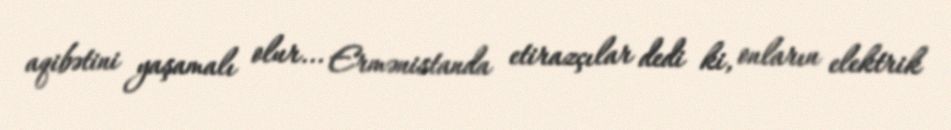
aqibətini yaşamalı olur... Ermənistanda etirazçılar dedi ki, onların elektrik